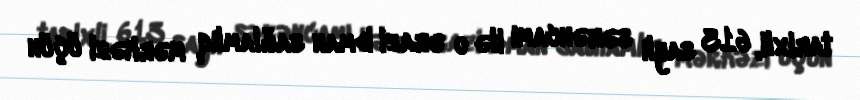
tarixli, 613 saylı sərəncamı ilə o ərazi idman sağlamlıq mərkəzi üçün